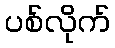
ပစ်လိုက်